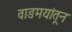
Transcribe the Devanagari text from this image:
वाङमयांतून